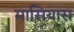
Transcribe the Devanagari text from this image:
मासियास